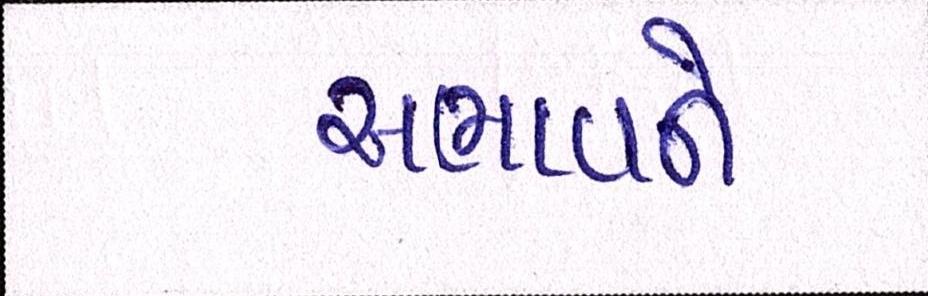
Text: અભાવને